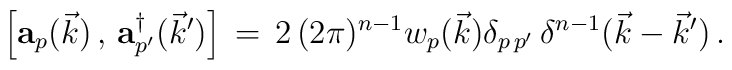
\Big[ {\bf a}_p(\vec k )\,,\,{\bf a}^\dagger_{p^\prime}({\vec k}^\prime  )\Big]\,=\, 2\, (2\pi)^{n-1} w_p(\vec k )   \delta_{p\,  p^\prime}\,\delta^{n-1} (\vec k -{\vec k}^\prime )\,.